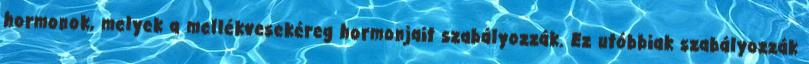
hormonok, melyek a mellékvesekéreg hormonjait szabályozzák. Ez utóbbiak szabályozzák